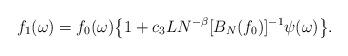
LaTeX: \begin{align*} f_1(\omega)=f_0(\omega)\big\{1+c_3LN^{-\beta} [B_N(f_0)]^{-1}\psi(\omega)\big\}.\end{align*}